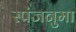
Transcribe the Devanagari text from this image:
स्पंजनुमा